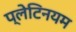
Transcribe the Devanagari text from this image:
प्लेटिनयम